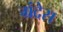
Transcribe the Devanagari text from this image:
ग्रंदेस